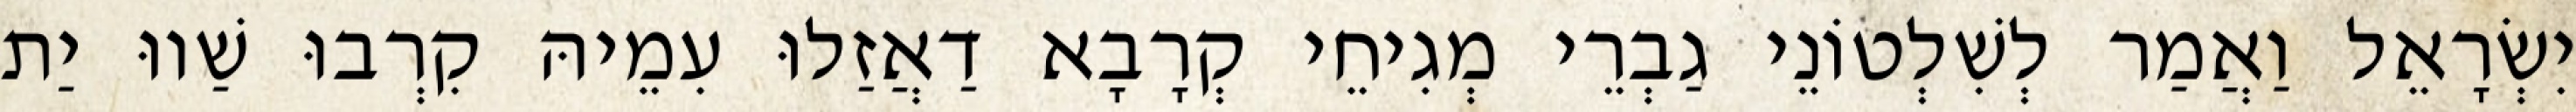
יִשְׂרָאֵל וַאֲמַר לְשִׁלְטוֹנֵי גַבְרֵי מְגִיחֵי קְרָבָא דַאֲזַלוּ עִמֵיהּ קִרְבוּ שַׁווּ יַת